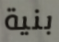
بنية